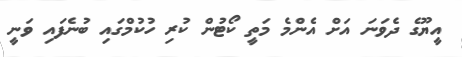
އީޔޫގެ ދެވަނަ އަށް އެންމެ މަތީ ކޯޓުން ކުރި ހުކުމްގައި ބުނެފައި ވަނީ